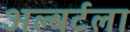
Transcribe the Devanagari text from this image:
अल्बर्टला